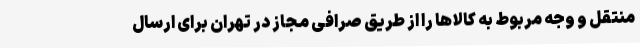
منتقل و وجه مربوط به کالاها را از طریق صرافی مجاز در تهران برای ارسال